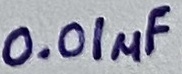
Text: 0.01µF